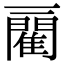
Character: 𨶄